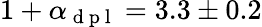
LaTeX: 1+\alpha_{\mathrm{~d~p~l~}}=3.3\pm 0.2